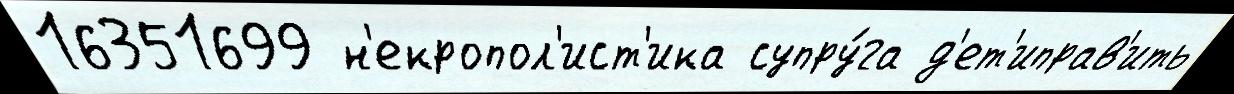
16351699 н'екропол'ист'ика супру́га д'ет'иправ'ить